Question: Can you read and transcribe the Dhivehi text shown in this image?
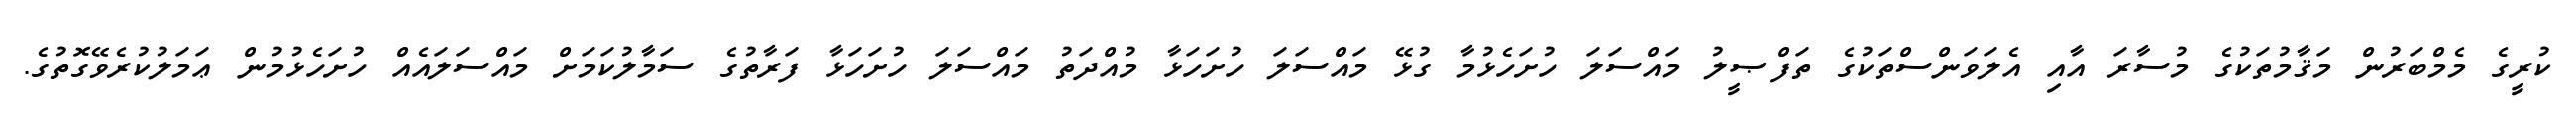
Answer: ކުރީގެ މެމްބަރުން މަޤާމުތަކުގެ މުސާރަ އާއި އެލަވަންސްތަކުގެ ތަފްޞީލު މައްސަލަ ހުށަހެޅުމާ ގުޅޭ މައްސަލަ ހުށަހަޅާ މުއްދަތު މައްސަލަ ހުށަހަޅާ ފަރާތުގެ ސަމާލުކަމަށް މައްސަލައެއް ހުށަހެޅުމުން ޢަމަލުކުރެވޭގޮތުގެ.